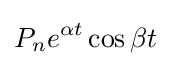
P_{n}e^{\alpha t}\cos {\beta t}